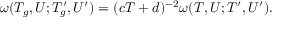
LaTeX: \omega ( T _ { g } , U ; T _ { g } ^ { \prime } , U ^ { \prime } ) = ( c T + d ) ^ { - 2 } \omega ( T , U ; T ^ { \prime } , U ^ { \prime } ) .